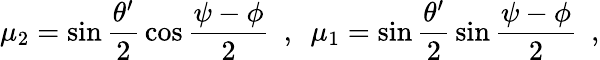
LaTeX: \mu_{2}=\sin\frac{\theta^{\prime}}{2}\, \cos\frac{\psi-\phi}{2}~~,~~\mu_{1}=\sin\frac{\theta^{\prime}}{2}\, \sin\frac{\psi-\phi}{2}~~,